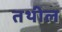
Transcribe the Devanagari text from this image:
तथील